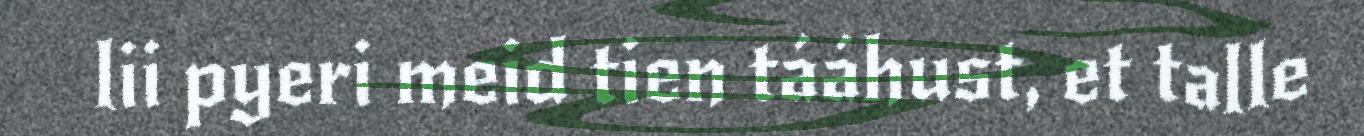
lii pyeri meid tien tááhust, et talle